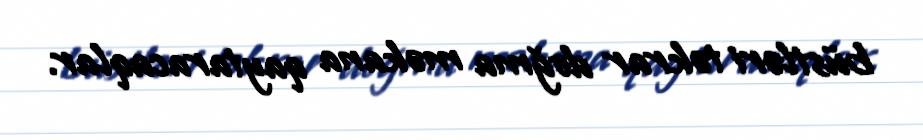
büstləri təkrar doğma məkana qaytaracaqlar.